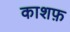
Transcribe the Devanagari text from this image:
काशफ़